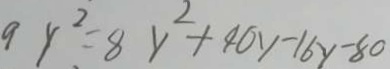
9 y ^ { 2 } = 8 y ^ { 2 } + 4 0 y - 1 6 y - 8 0